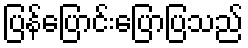
ပြန်ပြောင်းပြောပြသည်